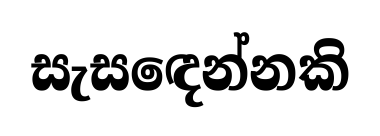
සැසඳෙන්නකි